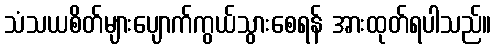
သံသယစိတ်များပျောက်ကွယ်သွားစေရန် အားထုတ်ရပါသည်။